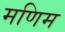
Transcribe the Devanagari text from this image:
मणिम